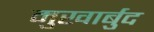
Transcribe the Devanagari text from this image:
मुखार्बुद